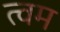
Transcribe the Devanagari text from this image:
त्वम